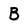
Character: B